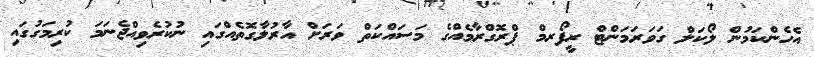
އެހެންކަމުން ލޯކަލް ގަވަރަމަންޓް ރީފޯރމް ޕްރޮގްރާމެއްގެ މަސައްކަތް ވަރަށް އާރުލާގޮތެއްގައި ނުކުރެވިއްޖެނަމަ ކުރިމަގުގައި